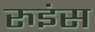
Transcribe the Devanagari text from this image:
रुइंस